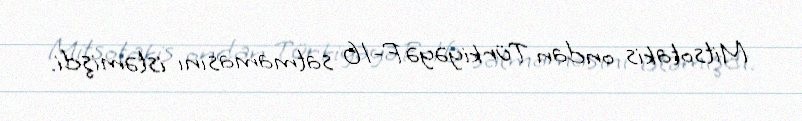
Mitsotakis ondan Türkiyəyə F-16 satmamasını istəmişdi.